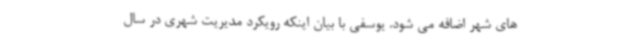
های شهر اضافه می شود. یوسفی با بیان اینکه رویکرد مدیریت شهری در سال